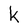
Character: k